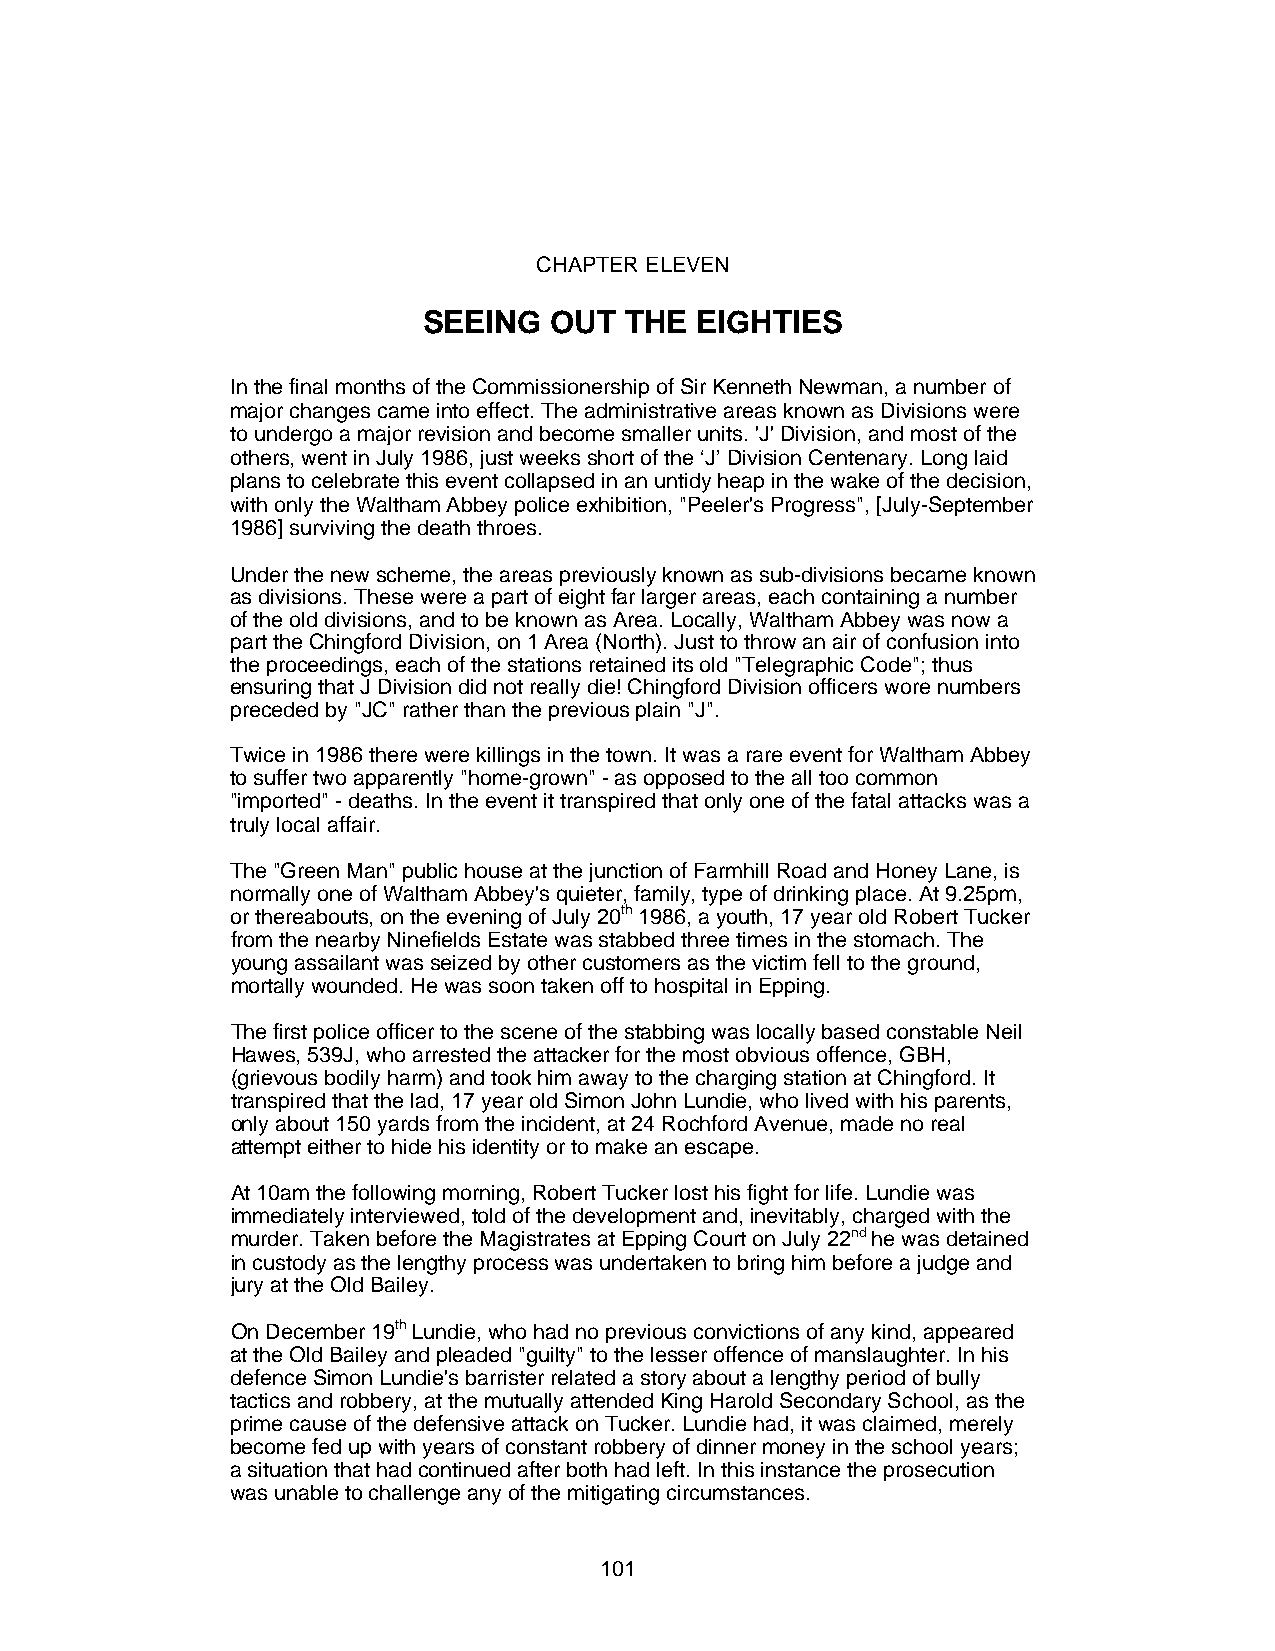
CHAPTER ELEVEN
 SEEING  OUT  THE  EIGHTIES
 In the final months of the Commissionership of Sir Kenneth Newman, a number of
 major changes came into effect. The administrative areas known as Divisions were
 to undergo a major revision and become smaller units. 'J' Division, and most of the
 others, went in July 1986, just weeks short of the ‘J’ Division Centenary. Long laid
 plans to celebrate this event collapsed in an untidy heap in the wake of the decision,
 with only the Waltham Abbey police exhibition, "Peeler's Progress", [July-September
 1986] surviving the death throes.
 Under the new scheme, the areas previously known as sub-divisions became known
 as divisions. These were a part of eight far larger areas, each containing a number
 of the old divisions, and to be known as Area. Locally, Waltham Abbey was now a
 part the Chingford Division, on 1 Area (North). Just to throw an air of confusion into
 the proceedings, each of the stations retained its old "Telegraphic Code"; thus
 ensuring that J Division did not really die! Chingford Division officers wore numbers
 preceded by "JC" rather than the previous plain "J".
 Twice in 1986 there were killings in the town. It was a rare event for Waltham Abbey
 to suffer two apparently "home-grown" - as opposed to the all too common
 "imported" - deaths. In the event it transpired that only one of the fatal attacks was a
 truly local affair.
 The "Green Man" public house at the junction of Farmhill Road and Honey Lane, is
 normally one of Waltham Abbey's quieter, family, type of drinking place. At 9.25pm,
 or thereabouts, on the evening of July 20th 1986, a youth, 17 year old Robert Tucker
 from the nearby Ninefields Estate was stabbed three times in the stomach. The
 young assailant was seized by other customers as the victim fell to the ground,
 mortally wounded. He was soon taken off to hospital in Epping.
 The first police officer to the scene of the stabbing was locally based constable Neil
 Hawes, 539J, who arrested the attacker for the most obvious offence, GBH,
 (grievous bodily harm) and took him away to the charging station at Chingford. It
 transpired that the lad, 17 year old Simon John Lundie, who lived with his parents,
 only about 150 yards from the incident, at 24 Rochford Avenue, made no real
 attempt either to hide his identity or to make an escape.
 At 10am the following morning, Robert Tucker lost his fight for life. Lundie was
 immediately interviewed, told of the development and, inevitably, charged with the
 murder. Taken before the Magistrates at Epping Court on July 22nd he was detained
 in custody as the lengthy process was undertaken to bring him before a judge and
 jury at the Old Bailey.
 On December 19th Lundie, who had no previous convictions of any kind, appeared
 at the Old Bailey and pleaded "guilty" to the lesser offence of manslaughter. In his
 defence Simon Lundie's barrister related a story about a lengthy period of bully
 tactics and robbery, at the mutually attended King Harold Secondary School, as the
 prime cause of the defensive attack on Tucker. Lundie had, it was claimed, merely
 become fed up with years of constant robbery of dinner money in the school years;
 a situation that had continued after both had left. In this instance the prosecution
 was unable to challenge any of the mitigating circumstances.
 101